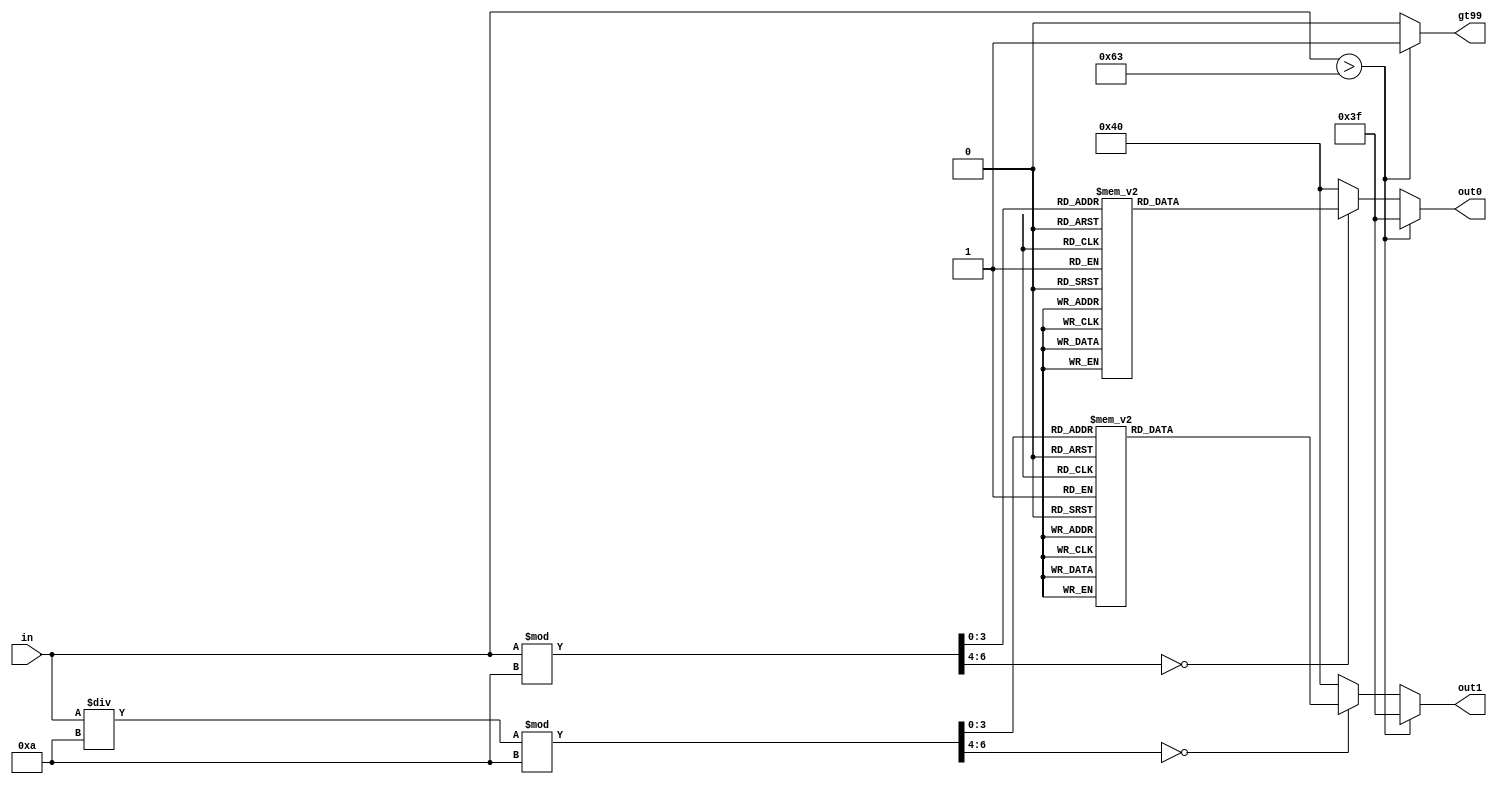
module bcd2driver(in, out0, out1, gt99);

input [6:0] in;
output [6:0] out0, out1;
output gt99;

reg [6:0] out0, out1;
reg gt99;


parameter ZERO =  7'b100_0000;
parameter ONE =   7'b111_1001;
parameter TWO = 7'b010_0100;
parameter THREE = 7'b011_0000;
parameter FOUR = 7'b001_1001;
parameter FIVE = 7'b001_0010;
parameter SIX = 7'b000_0010;
parameter SEVEN = 7'b111_1000;
parameter EIGHT = 7'b000_0000;
parameter NINE = 7'b001_1000;
parameter DASH = 7'b011_1111;

always @(in) begin
    if(in > 7'd099) begin
        //display dashes
        out0 = DASH;
        out1 = DASH;
        //greater than 99
        gt99 = 1'b1;
    end
    else begin
        //not greater than 99
        gt99 = 1'b0;

        //ones digit
        case (in % 7'd010)
            7'd000: begin //zero
                out0 = ZERO;
            end
            7'd001: begin //one
                out0 = ONE; 
            end
            7'd002: begin //two
                out0 = TWO; 
            end
            7'd003: begin //three
                out0 = THREE; 
            end
            7'd004: begin //four
                out0 = FOUR; 
            end
            7'd005: begin //five
                out0 = FIVE; 
            end
            7'd006: begin //six
                out0 = SIX; 
            end
            7'd007: begin //seven
                out0 = SEVEN; 
            end
            7'd008: begin //eight
                out0 = EIGHT; 
            end
            7'd009: begin //nine
                out0 = NINE; 
            end
            default: begin
                out0 = ZERO;
            end    
        endcase

        //tens digit
        case ( (in/7'd010) % 7'd010)
            7'd000: begin //zero
                out1 = ZERO;
            end
            7'd001: begin //one
                out1 = ONE; 
            end
            7'd002: begin //two
                out1 = TWO; 
            end
            7'd003: begin //three
                out1 = THREE; 
            end
            7'd004: begin //four
                out1 = FOUR; 
            end
            7'd005: begin //five
                out1 = FIVE; 
            end
            7'd006: begin //six
                out1 = SIX; 
            end
            7'd007: begin //seven
                out1 = SEVEN; 
            end
            7'd008: begin //eight
                out1 = EIGHT; 
            end
            7'd009: begin //nine
                out1 = NINE; 
            end
            default: begin
                out1 = ZERO;
            end    
        endcase 
    end    
end
endmodule